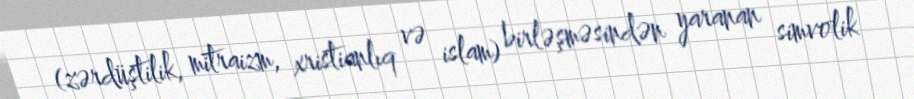
(zərdüştilik, mitraizm, xristianlıq və islam) birləşməsindən yaranan simvolik